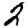
Digit: 2